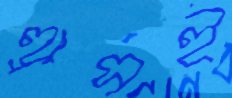
হ্রাসই